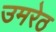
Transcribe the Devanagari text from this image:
उमरेठ